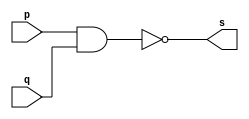
// Exercicio01 - NAND 
// Nome: Marlon Henrique de Azeredo Formiga 
// ------------------------- 
// ------------------------- 
// -- nand gate 
// ------------------------- 
module nandgate ( output s, 
						input p, 
						input q); 
assign s = ~(p & q); 
endmodule // nandgate 
// --------------------- 
// -- test nand gate 
// --------------------- 
module testnandgate; 
// ------------------------- dados locais 
reg a, b; // definir registradores 
wire s; // definir conexao (fio) 
// ------------------------- instancia 
nandgate NAND1 (s, a, b); 
// ------------------------- preparacao 
initial begin:start 
// atribuicao simultanea dos valores iniciais 
a=0; b=0; 
end 
// ------------------------- parte principal 
initial begin 
$display("Exercicio01 - Marlon Henrique de Azeredo Formiga - 397248"); 
$display("Test NAND gate"); 
$display("\n~(a & b) = s\n"); 
a=0; b=0; 
#1 $display("~(%b & %b) = %b", a, b, s); 
a=0; b=1; 
#1 $display("~(%b & %b) = %b", a, b, s); 
a=1; b=0; 
#1 $display("~(%b & %b) = %b", a, b, s); 
a=1; b=1; 
#1 $display("~(%b & %b) = %b", a, b, s); 
end 
endmodule // testnandgate